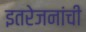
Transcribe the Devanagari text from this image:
इतरेजनांची